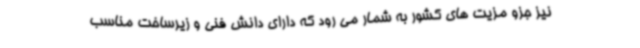
نیز جزو مزیت های کشور به شمار می رود که دارای دانش فنی و زیرساخت مناسب